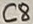
Text: C8